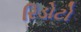
રિડોટો